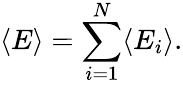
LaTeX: \langle E\rangle=\sum_{i=1}^{N}\langle E_{i}\rangle.